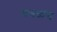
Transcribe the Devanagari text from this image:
वगळण